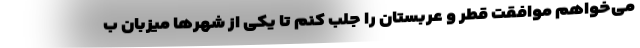
می‌خواهم موافقت قطر و عربستان را جلب کنم تا یکی از شهرها میزبان ب